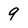
Character: 9